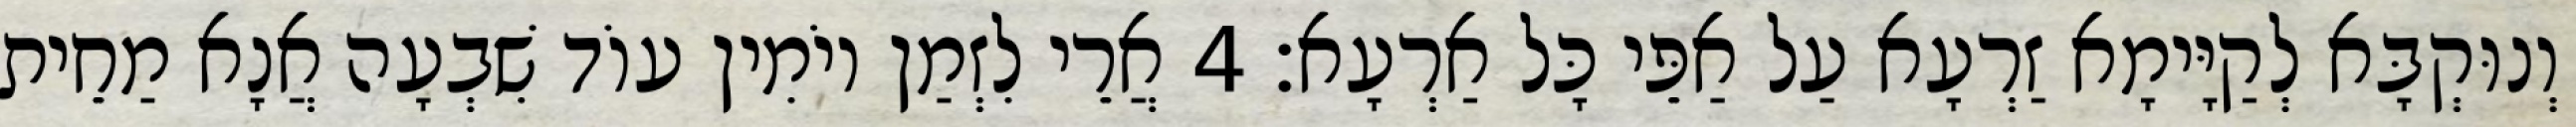
וְנוּקְבָּא לְקַיָּימָא זַרְעָא עַל אַפֵּי כָּל אַרְעָא׃ 4 אֲרֵי לִזְמַן יוֹמִין עוֹד שִׁבְעָה אֲנָא מַחֵית